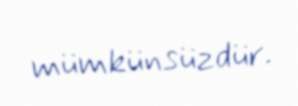
mümkünsüzdür.